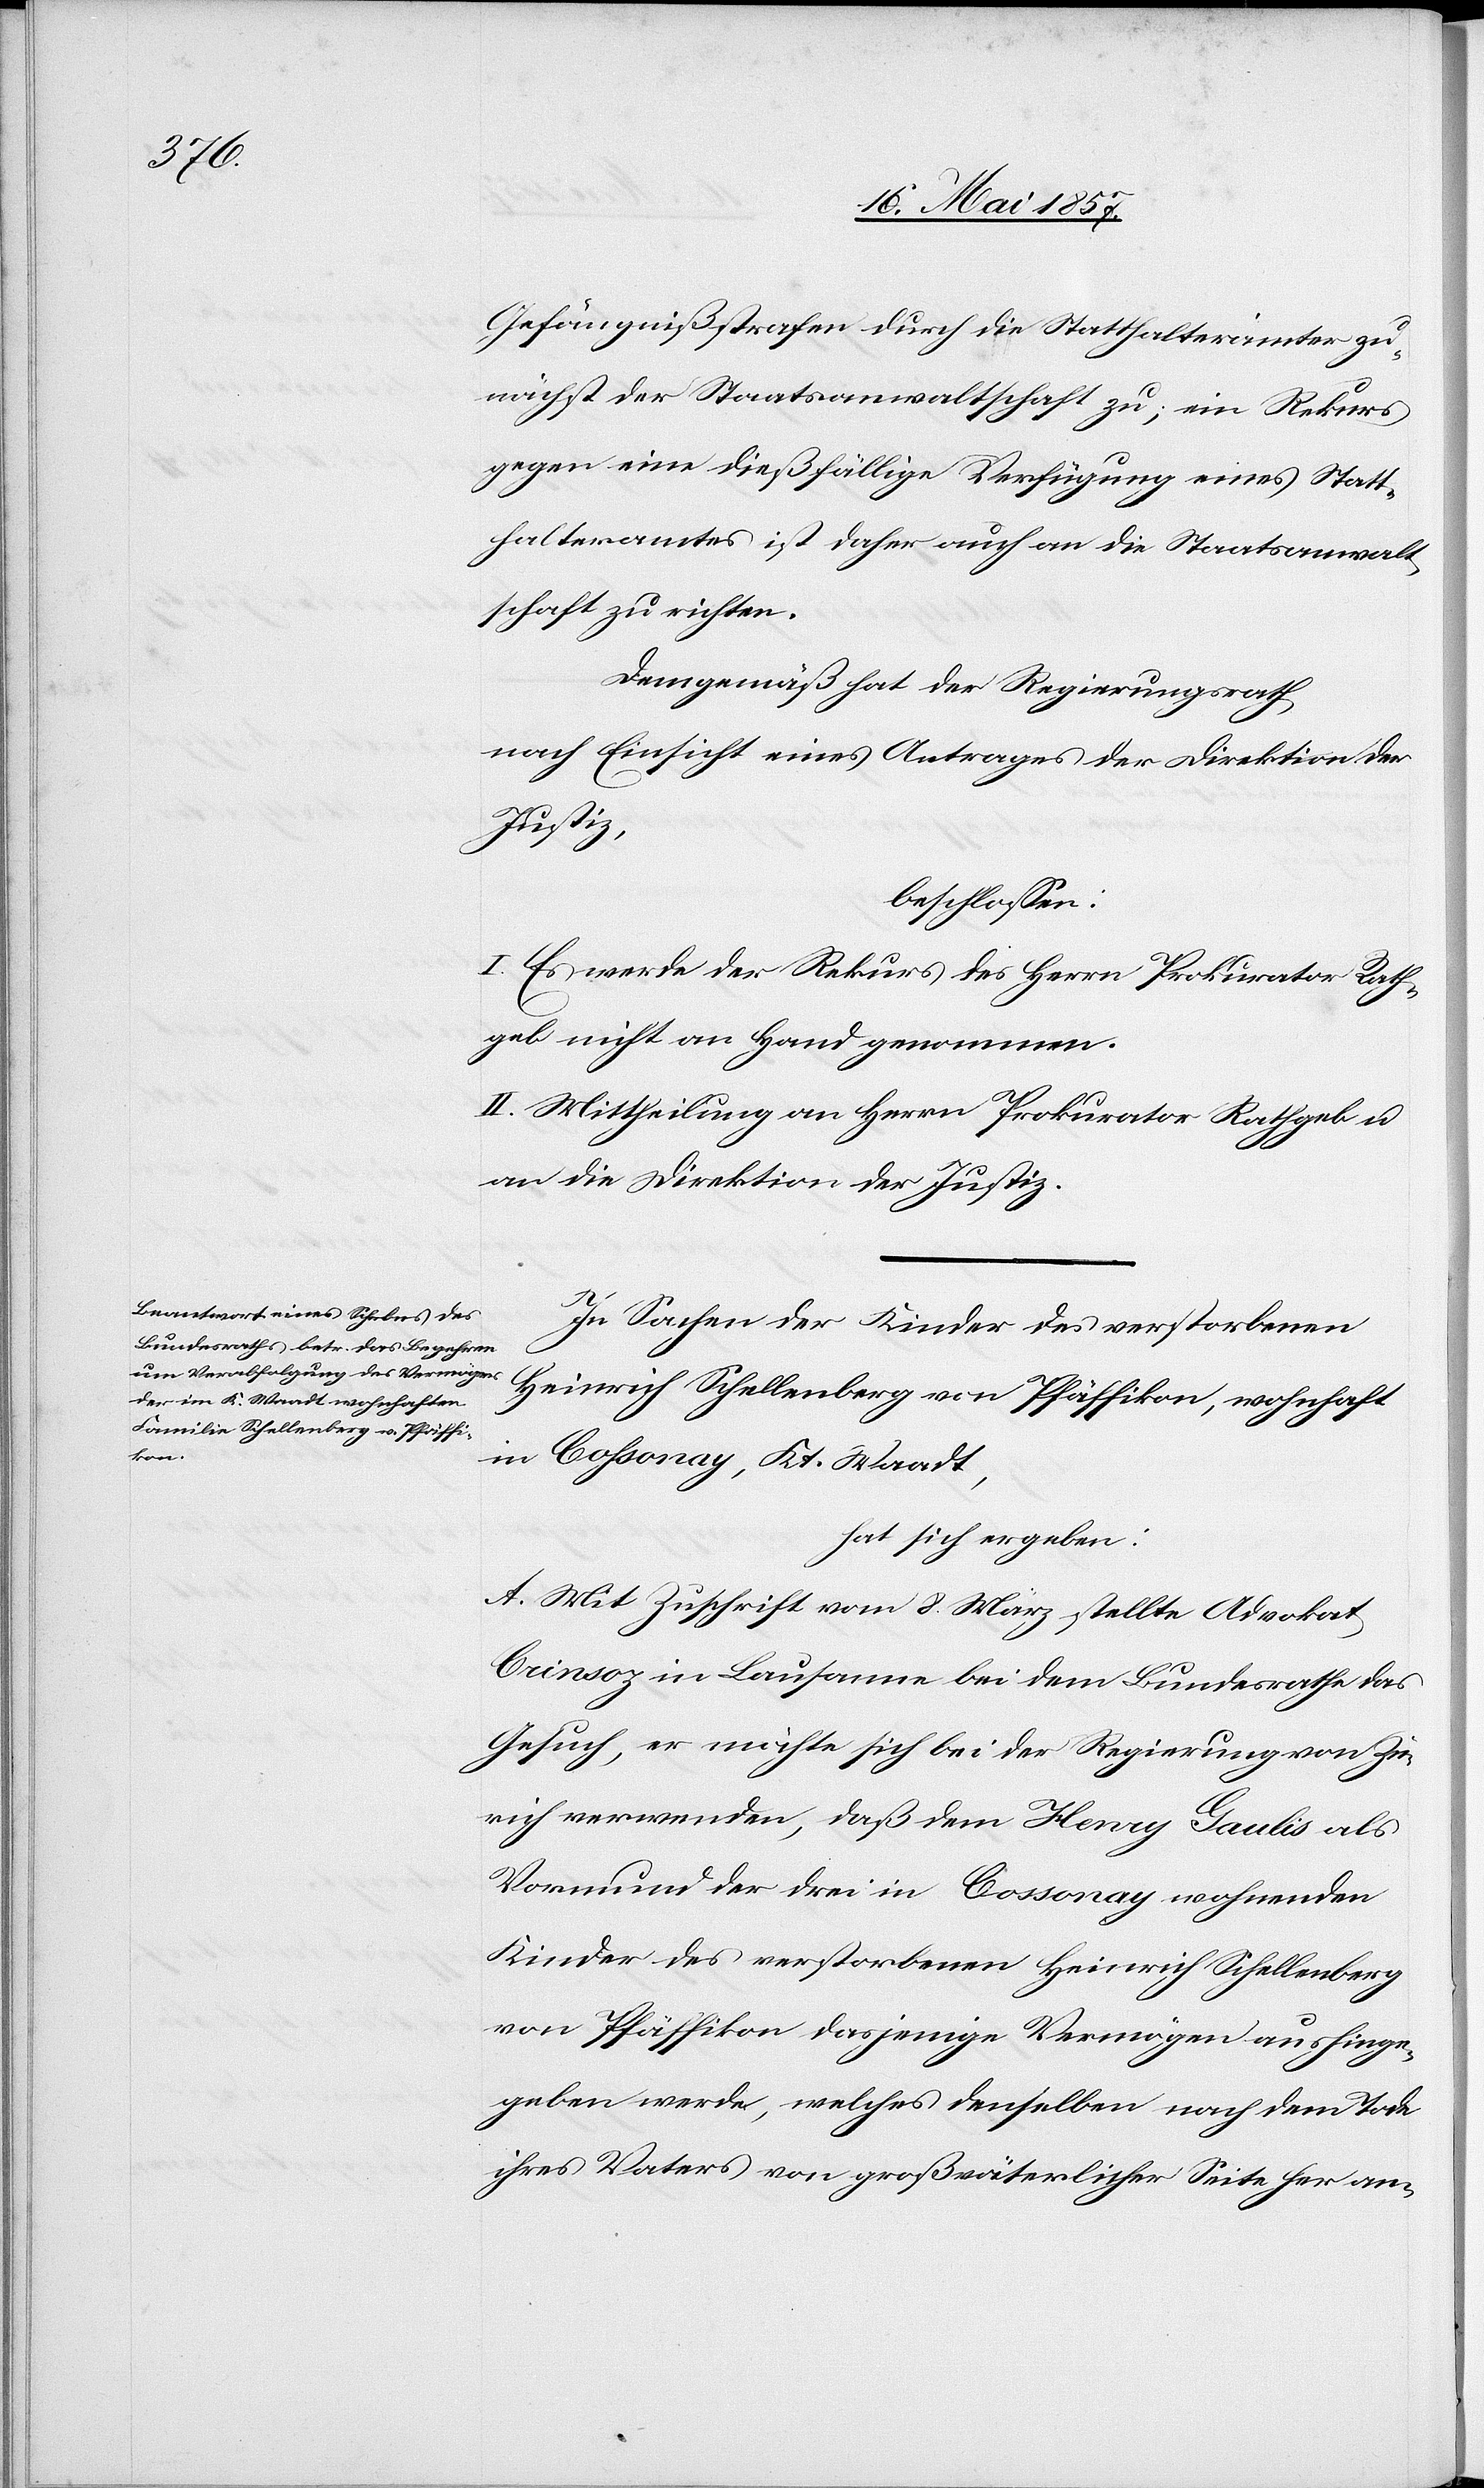
Gefängnißstrafen durch die Statthalterämter zu¬
nächst der Staatsanwaltschaft zu; ein Rekurs
gegen eine dießfällige Verfügung eines Statt¬
halteramtes ist daher auch an die Staatsanwalt¬
schaft zu richten.
Demgemäß hat der Regierungsrath
nach Einsicht eines Antrages der Direktion der
Justiz,
beschlossen:
I. Es werde der Rekurs des Herrn Prokurator Rath¬
geb nicht an Hand genommen.
II. Mittheilung an Herrn Prokurator Rathgeb &
an die Direktion der Justiz.
In Sachen der Kinder des verstorbenen
Heinrich Schellenberg von Pfäffikon, wohnhaft
in Cossonay, Kt. Waadt,
hat sich ergeben:
A. Mit Zuschrift vom 8 März stellte Advokat
Crinsoz in Lausanne bei dem Bundesrathe das
Gesuch, er möchte sich bei der Regierung von Zü¬
rich verwenden, daß dem Henry Gaulis als
Vormund der drei in Cossonay wohnenden
Kinder des verstorbenen Heinrich Schellenberg
von Pfäffikon dasjenige Vermögen aushinge¬
geben werde, welches denselben nach dem Tode
ihres Vaters von großväterlicher Seite her an-